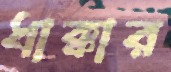
ধাক্কার